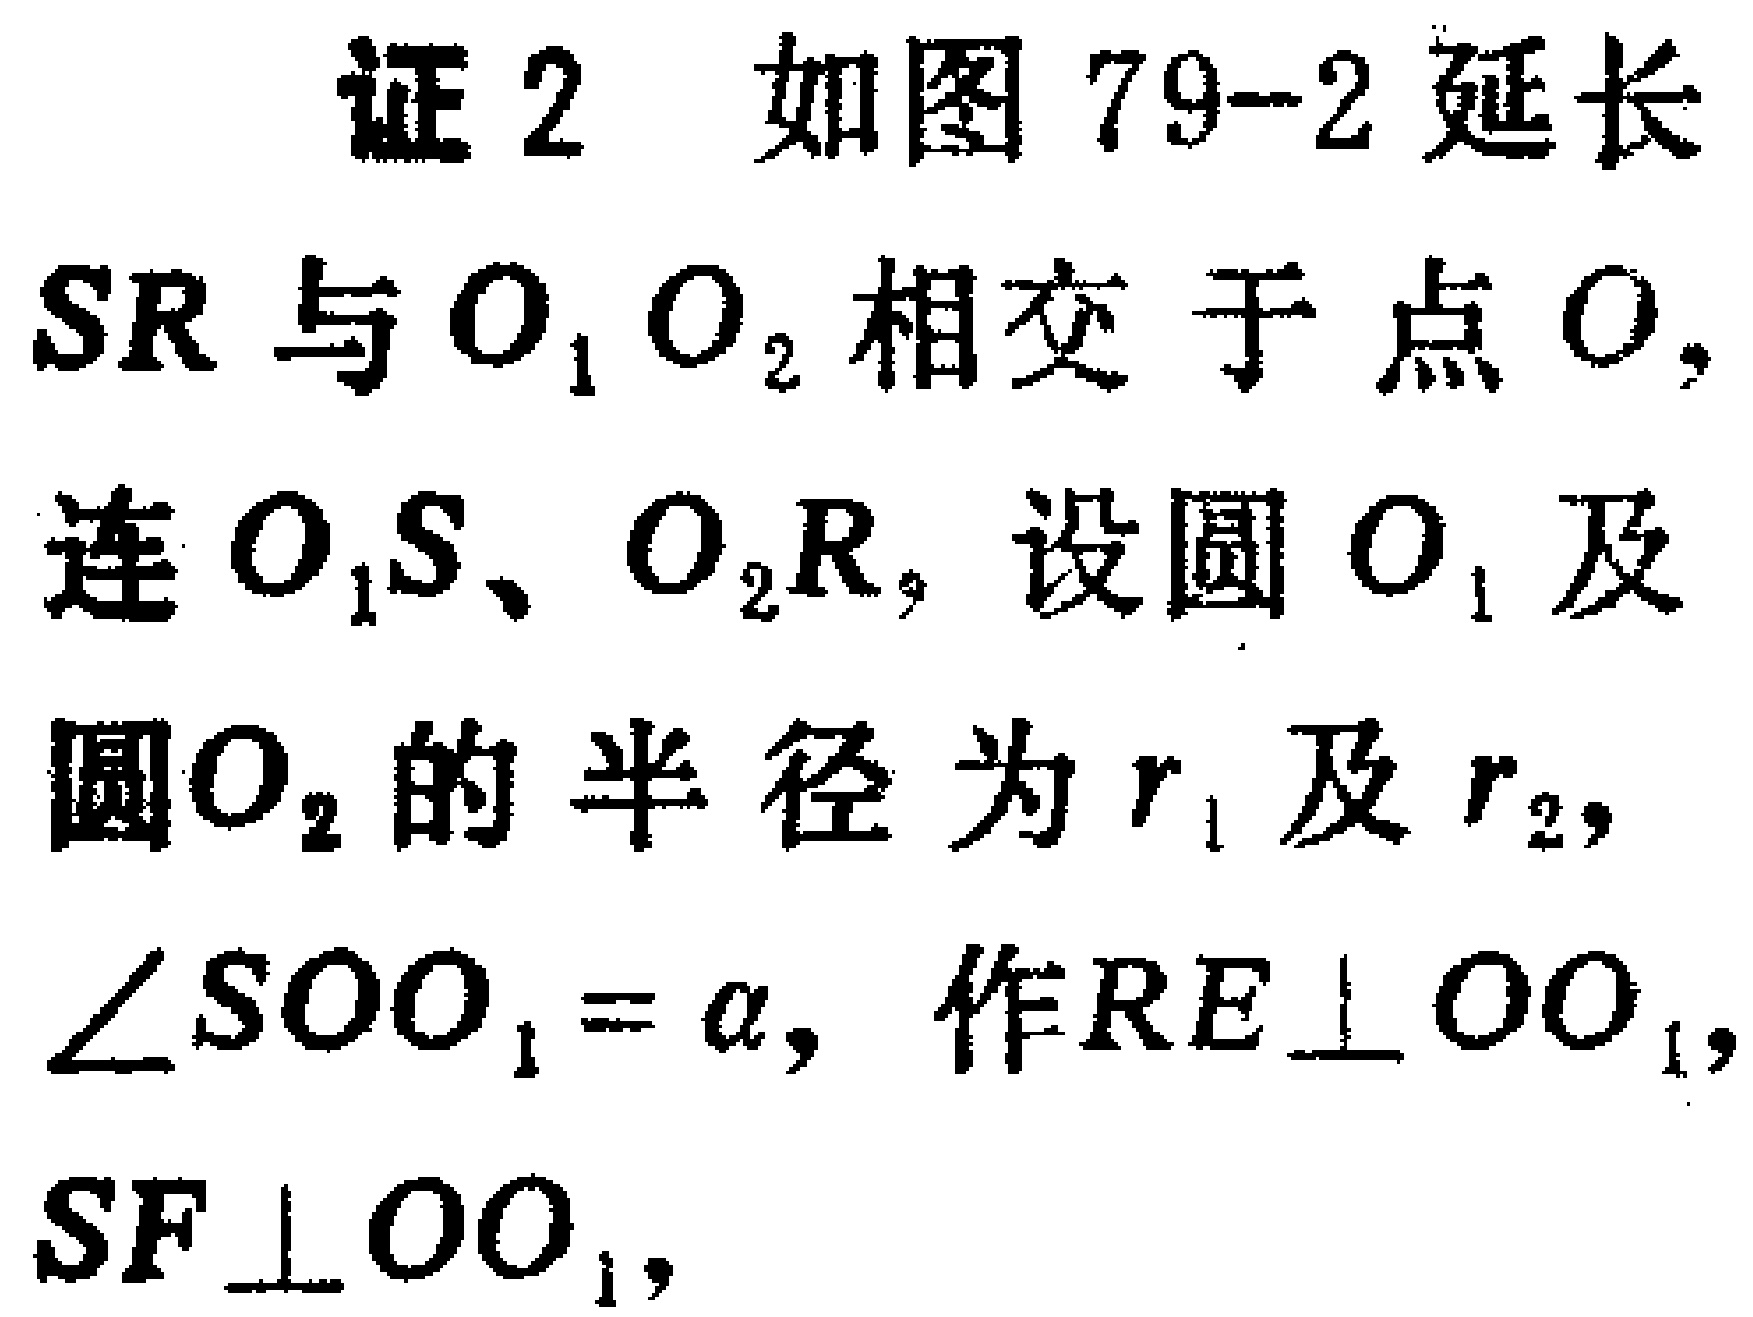
证2 如图79-2延长
$SR$与$O_{1}O_{2}$相交于点$O,$
连$O_{1}S$、$O_{2}R$,设圆$O_{1}$及
圆$O_{2}$的半径为$r_{1}$及$r_{2},$
$\angle SOO_{1}=\alpha$, 作$RE\perp OO_{1}$,
$SF\perp OO_{1}$,